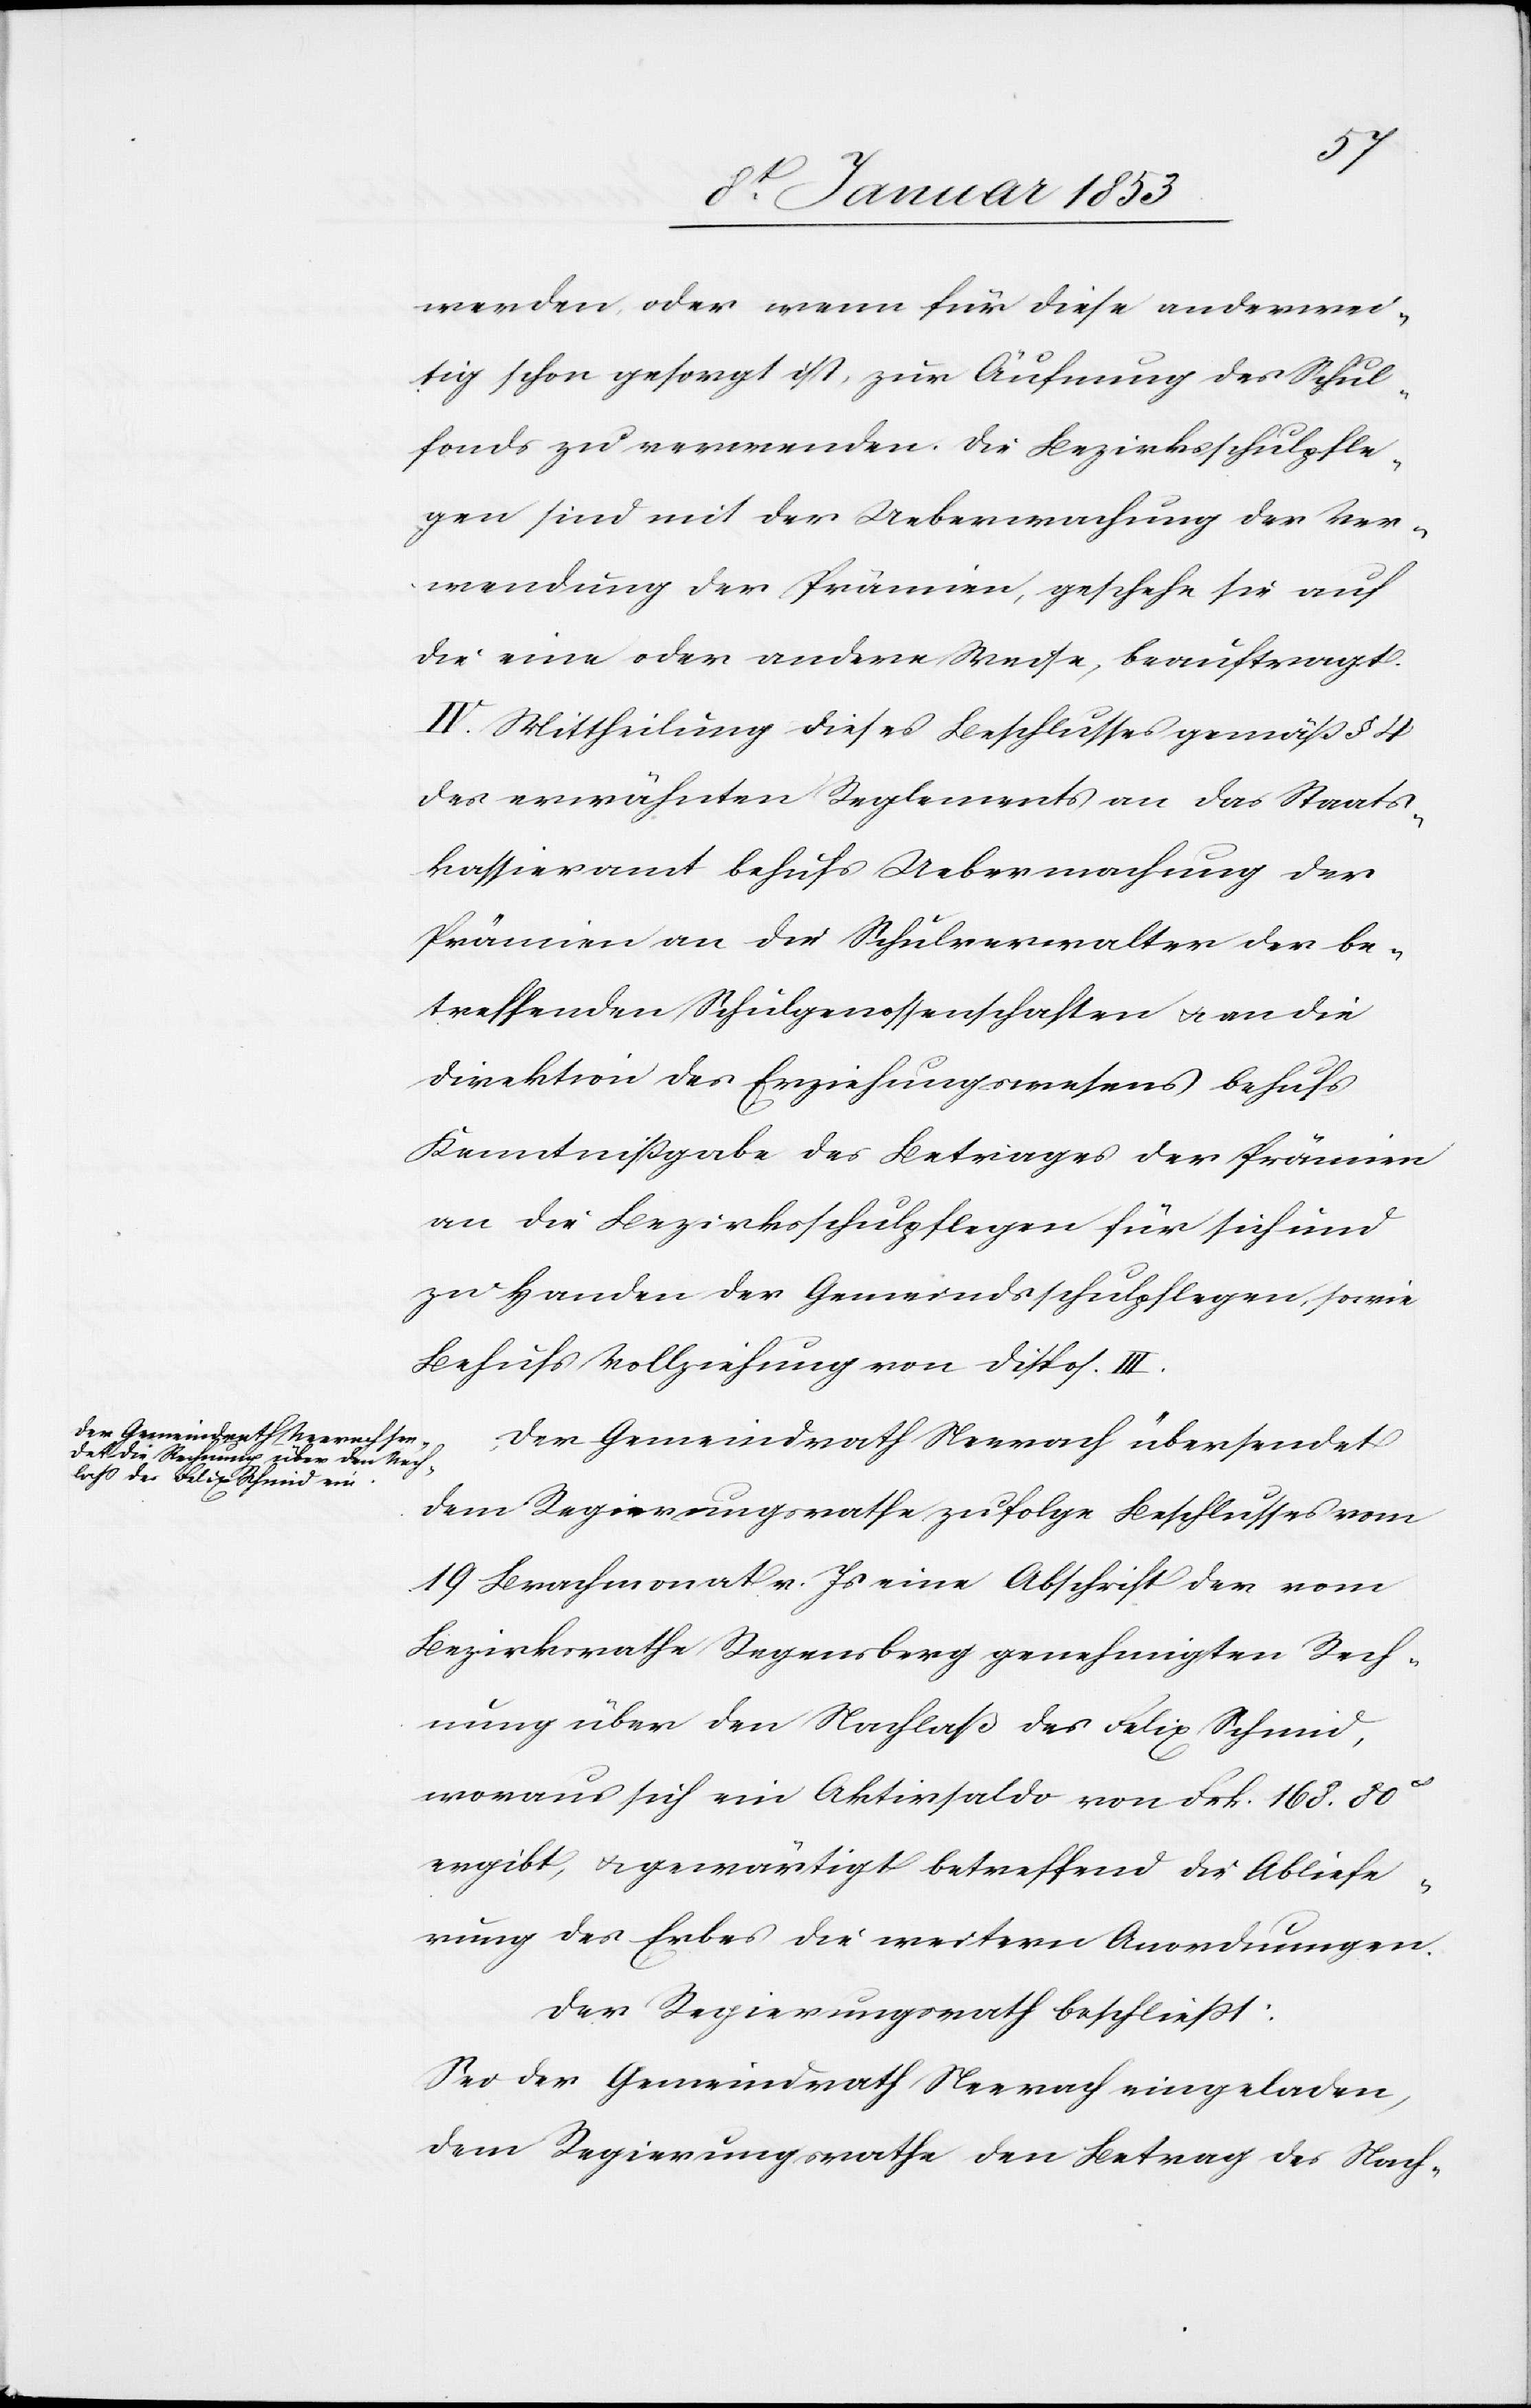
werden, oder wenn für diese anderwei¬
tig schon gesorgt ist, zur Äufnung des Schul¬
fonds zu verwenden. Die Bezirksschulpfle¬
gen sind mit der Uebermachung der Ver¬
wendung der Prämien, geschehe sie auf
die eine oder andere Weise, beauftragt.
IV. Mittheilung dieses Beschlusses gemäß § 4
des erwähnten Reglements an das Staats¬
kassieramt behufs Uebermachung der
Prämien an den Schulverwalter der be¬
treffenden Schulgenossenschaften u. an die
Direktion des Erziehungswesens behufs
Kenntnißgabe des Leitweges der Prämien
an die Bezirksschulpflege für sich und
zu Handen der Gemeindsschulpflegen, sowie
Behufs Vollziehung von disp. III.
Der Gemeindrath Neerach übersendet
dem Regierungsrathe zufolge Beschlusses vom
19 Brachmonat v. Js. eine Abschrift der vom
Bezirksrathe Regensberg genehmigten Rech¬
nung über den Nachlaß des Felix Schmid,
woraus sich ein Aktensaldo von Frk 168.80
ergibt, u. gewärtigt betreffend die Abliefe¬
rung des Erbes die weitern Anordnungen.
Der Regierungsrath beschliesst:
Sei der Gemeindrath Neerach eingeladen
dem Regierungsrathe den Betrag des Nach-